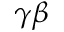
\gamma \beta